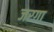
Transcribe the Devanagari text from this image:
जरगा